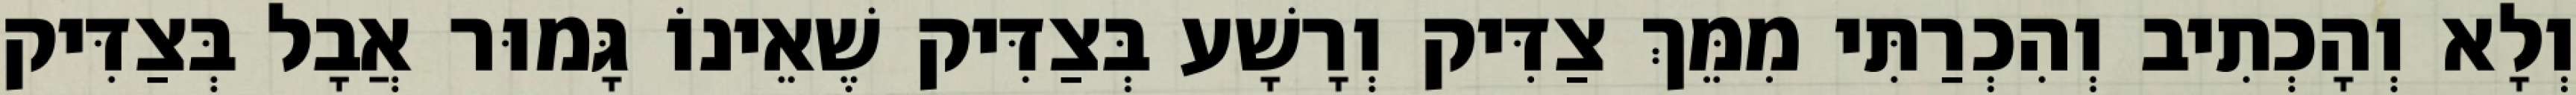
וְלָא וְהָכְתִיב וְהִכְרַתִּי מִמֵּךְ צַדִּיק וְרָשָׁע בְּצַדִּיק שֶׁאֵינוֹ גָּמוּר אֲבָל בְּצַדִּיק